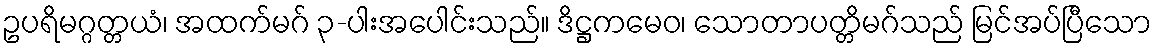
ဥပရိမဂ္ဂတ္တယံ၊ အထက်မဂ် ၃-ပါးအပေါင်းသည်။ ဒိဋ္ဌကမေဝ၊ သောတာပတ္တိမဂ်သည် မြင်အပ်ပြီသော